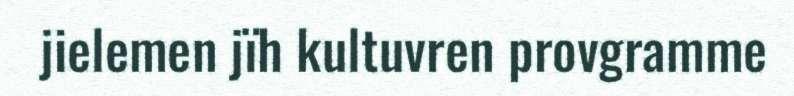
jielemen jïh kultuvren provgramme